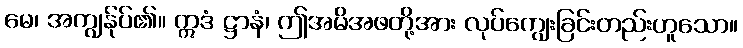
မေ၊ အကျွန်ုပ်၏။ ဣဒံ ဋ္ဌာနံ၊ ဤအမိအဖတို့အား လုပ်ကျွေးခြင်းတည်းဟူသော။